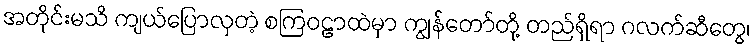
အတိုင်းမသိ ကျယ်ပြောလှတဲ့ စကြဝဠာထဲမှာ ကျွန်တော်တို့ တည်ရှိရာ ဂလက်ဆီတွေ၊